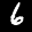
Label: 6